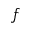
f